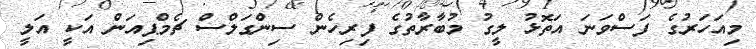
މިއަހަރުގެ ފަސްވަނަ އަތޮޅު ލީގު މުބާރާތުގެ ފިރިހެން ސިންގަލްސް ޗެމްޕިއަން އަކީ އަލީ